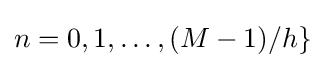
n=0,1,\ldots ,(M-1)/h\}